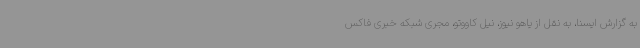
به گزارش ایسنا، به نقل از یاهو نیوز، نیل کاووتو، مجری شبکه خبری فاکس